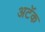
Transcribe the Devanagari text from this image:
अटॅक